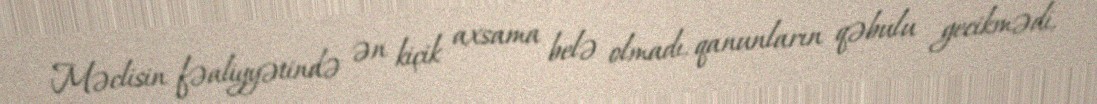
Məclisin fəaliyyətində ən kiçik axsama belə olmadı, qanunların qəbulu gecikmədi,